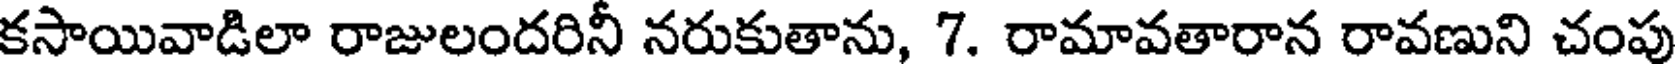
కసాయివాడిలా రాజులందరినీ నరుకుతాను, 7. రామావతారాన రావణుని చంపు